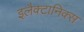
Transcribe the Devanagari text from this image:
इलैक्टानिक्स